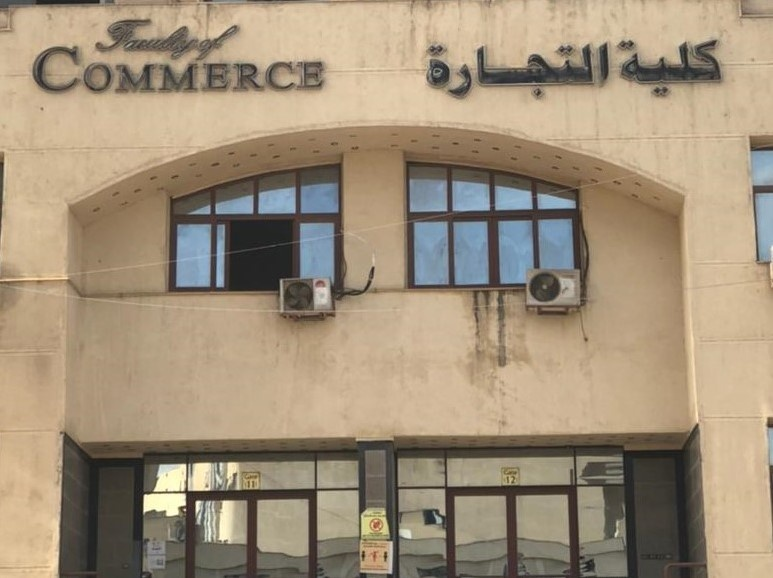
Text in image: كلية التجارة Faculity of Commerce